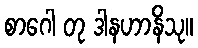
စာဂေါ တု ဒါနဟာနိသု။